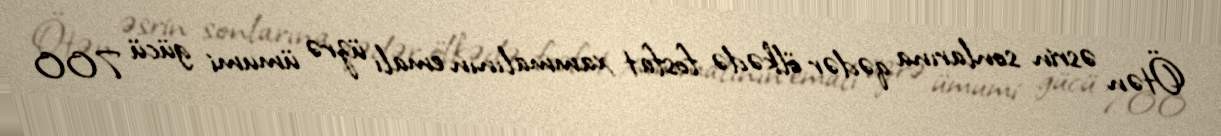
Ötən əsrin sonlarına qədər ölkədə fosfat xammalının emalı üzrə ümumi gücü 700